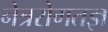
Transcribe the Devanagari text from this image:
नेत्ररोगतज्ञ